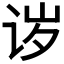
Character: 𬣪